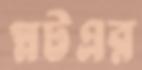
প্লটএর